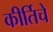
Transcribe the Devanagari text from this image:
कीर्तिचे